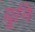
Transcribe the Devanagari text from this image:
यूनि